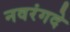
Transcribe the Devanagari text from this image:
नवरंगदे